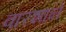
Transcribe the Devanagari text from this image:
वारशाने